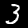
Digit: 3